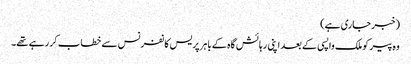
(خبر جاری ہے)
وہ پیر کوملک واپسی کے بعد اپنی رہا ئش گاہ کے باہر پر یس کانفرنس سے خطاب کر رہے تھے۔